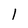
Character: 1